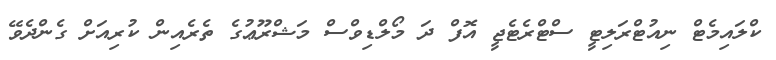
ކްލައިމެޓް ނިއުޓްރަލިޓީ ސްޓްރެޓެޖީ އޮފް ދަ މޯލްޑިވްސް މަޝްރޫޢުގެ ތެރެއިން ކުރިއަށް ގެންދެވޭ